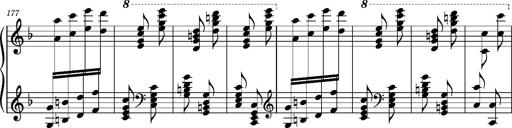
Title: Ungarischer Romanzero
Composer: Franz Liszt